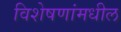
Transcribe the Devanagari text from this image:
विशेषणांमधील